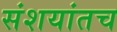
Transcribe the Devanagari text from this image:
संशयांतच